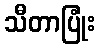
သီတာပြုံး